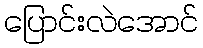
ပြောင်းလဲအောင်